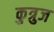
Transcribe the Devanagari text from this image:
कुत्रुज